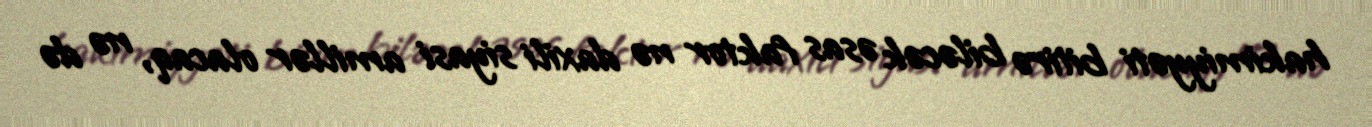
hakimiyyəti bitirə biləcək əsas faktor nə daxili siyasi amillər olacaq, nə də